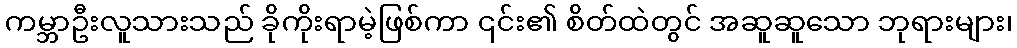
ကမ္ဘာဦးလူသားသည် ခိုကိုးရာမဲ့ဖြစ်ကာ ၎င်း၏ စိတ်ထဲတွင် အဆူဆူသော ဘုရားများ၊